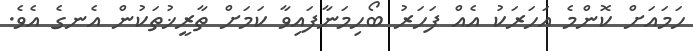
ހަމައަށް ކޮންމެ އަހަރަކު އެއް ފަހަރު ބޯހިމަނާފައިވާ ކަމަށް ތާރީޚުތަކުން އެނގެ އެވެ.